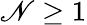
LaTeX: \mathscr{N}\geq1